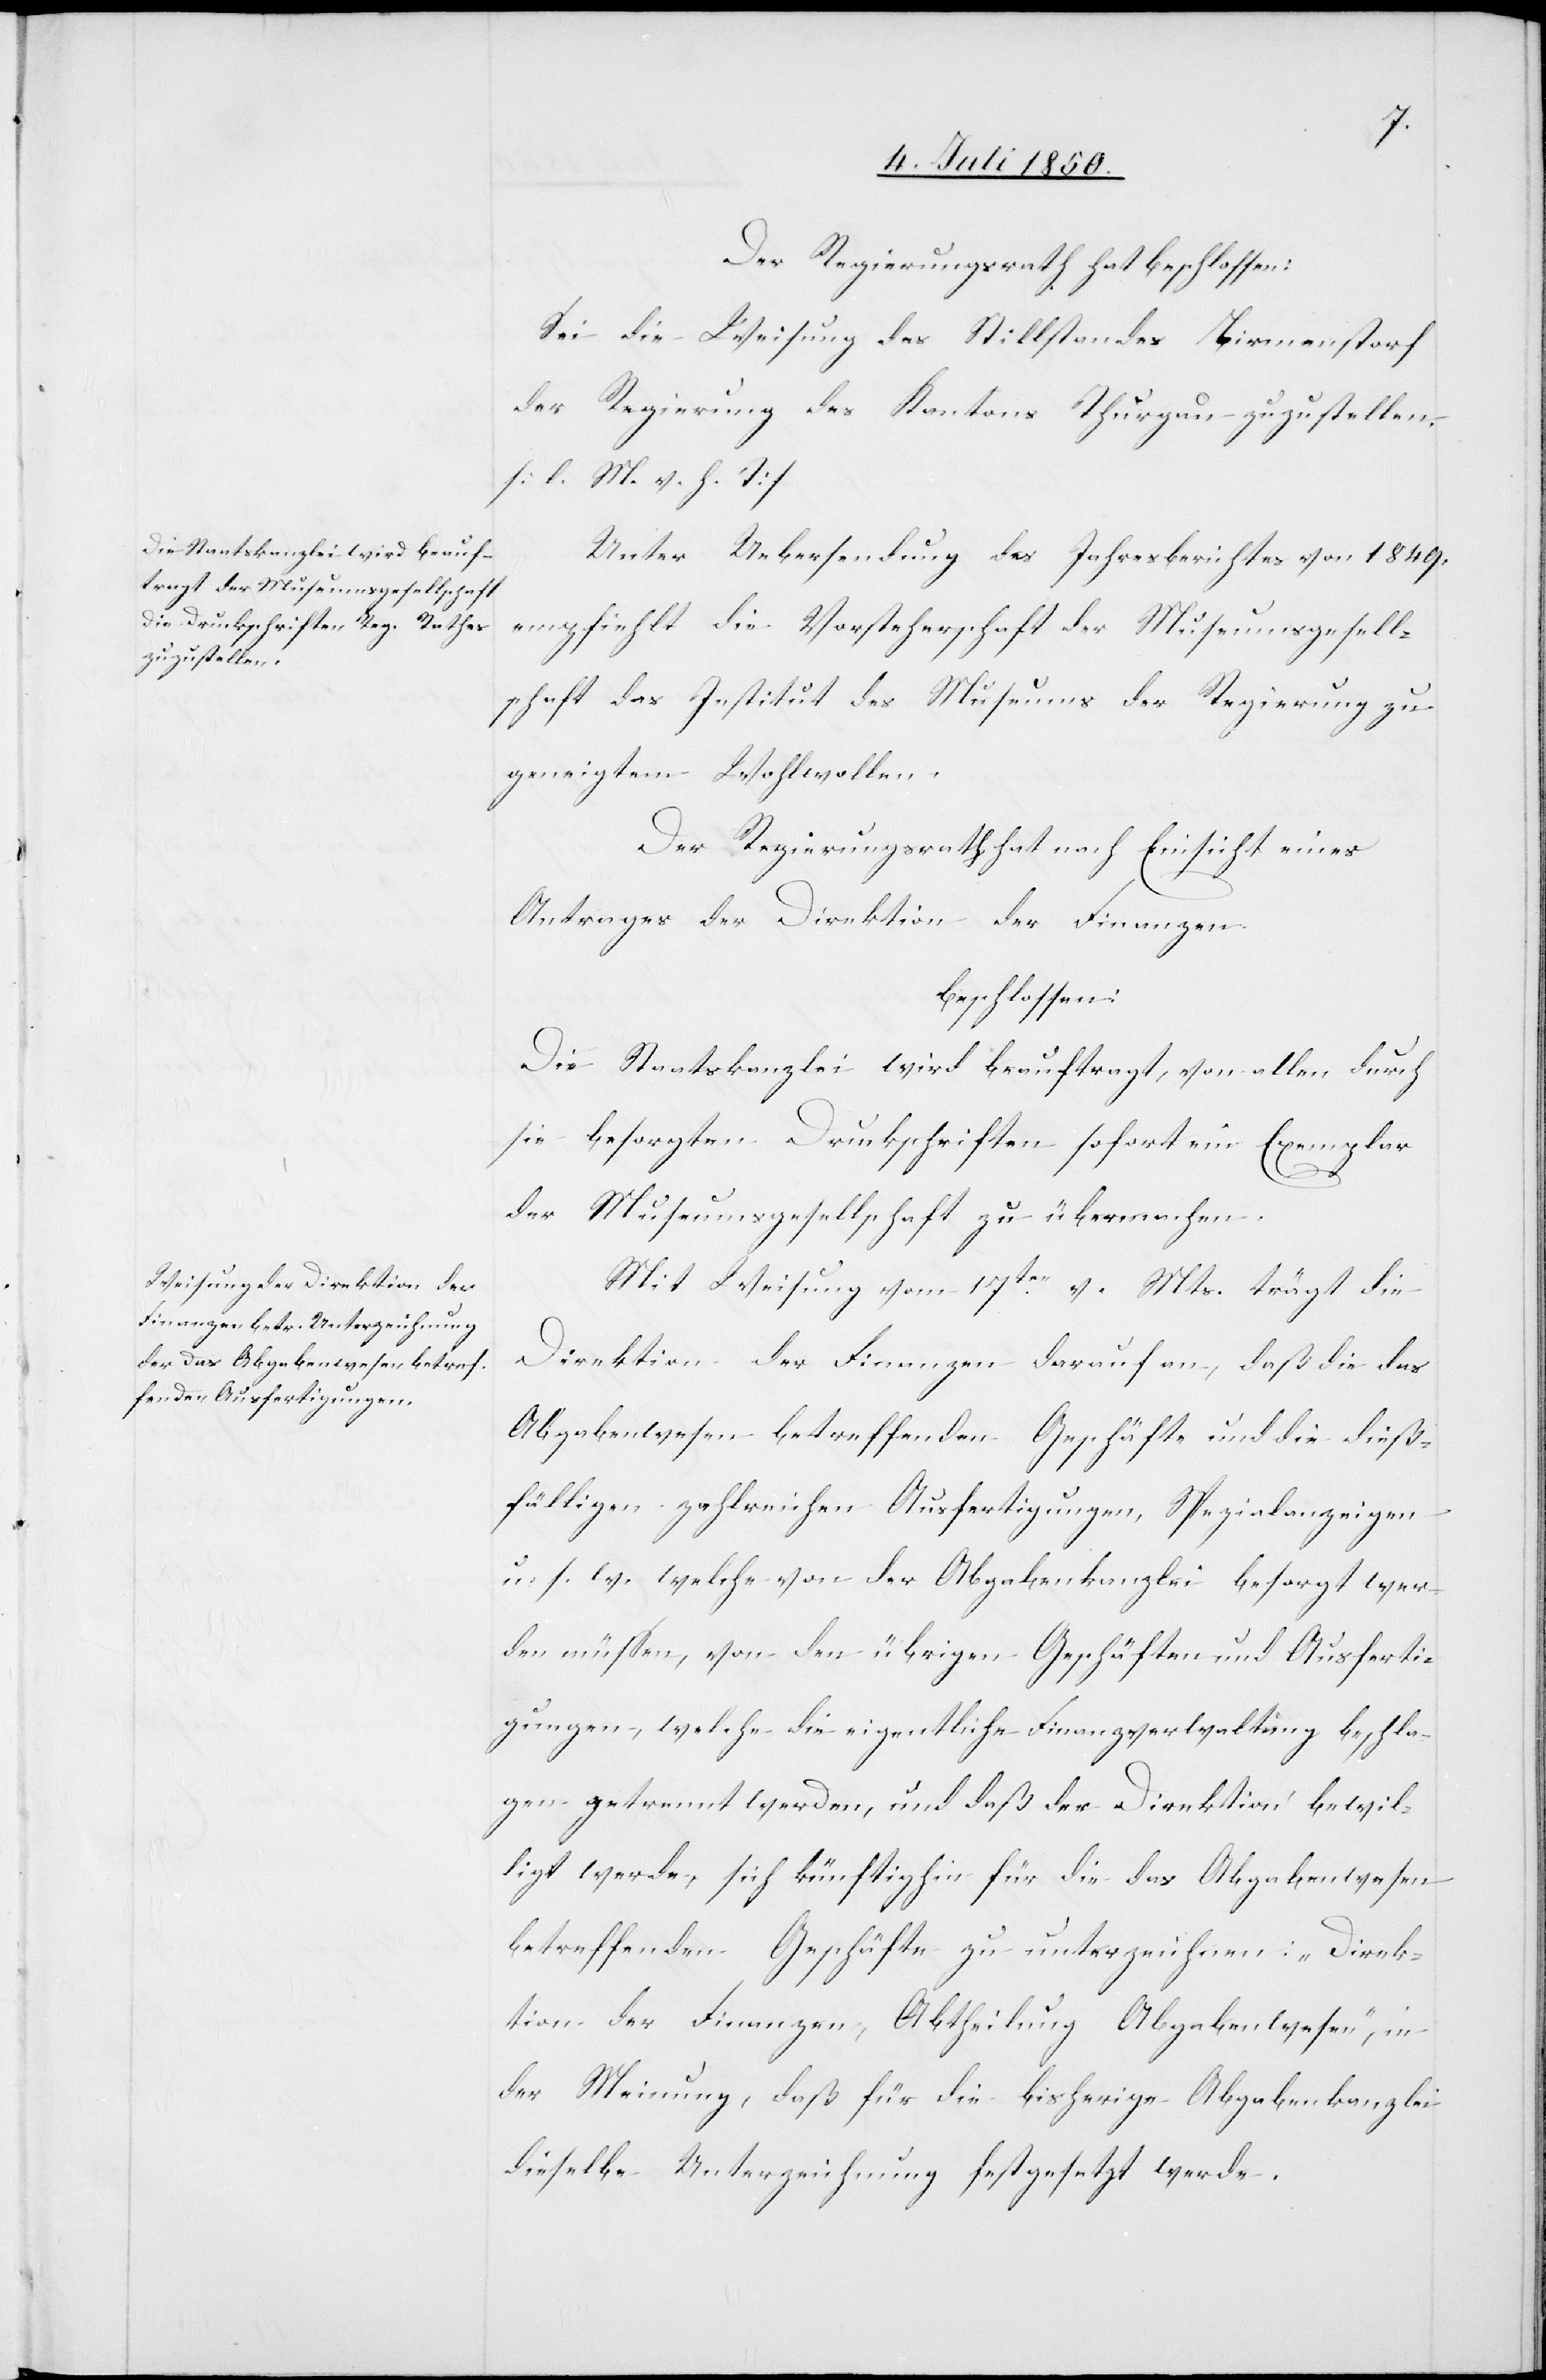
Der Regierungsrath hat beschlossen:
Sei die Weisung des Stillstandes Birmenstorf
der Regierung des Kantons Thurgau zuzustellen.
[l. M. v. h. T]
Unter Uebersendung des Jahresberichtes von 1849.
empfiehlt die Vorsteherschaft der Museumsgesell¬
schaft das Institut des Museums der Regierung zu
geneigtem Wohlwollen.
Der Regierungsrath hat nach Einsicht eines
Antrages der Direktion der Finanzen.
beschlossen:
Die Staatskanzlei wird beauftragt, von allen durch
sie besorgten Druckschriften sofort ein Exemplar
der Museumsgesellschaft zu übermachen.
Mit Weisung vom 17ten v. Mts. trägt die
Direktion der Finanzen darauf an, daß die das
Abgabenwesen betreffenden Geschäfte und die dieß¬
fälligen zahlreichen Ausfertigungen, Spezialanzeigen
u. s. w. welche von der Abgabenkanzlei besorgt wer¬
den müssen, von den übrigen Geschäften und Ausferti¬
gungen, welche die eigentliche Finanzverwaltung beschla¬
gen getrennt werden, und daß der Direktion bewil¬
ligt werde, sich künftighin für die das Abgabenwesen
betreffenden Geschäfte zu unterzeichnen: „Direk¬
tion der Finanzen, Abtheilung Abgabenwesen“, in
der Meinung, daß für die bisherige Abgabenkanzlei
dieselbe Unterzeichnung festgesetzt werde.